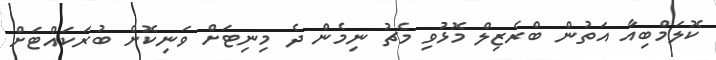
ކޮލަމްބިއާ އަތުން ބްރެޒިލް މޮޅުވި މެޗު ނިމެން ދެ މިނިޓަށް ވަނިކޮށް ބުރަކައްޓަށް